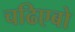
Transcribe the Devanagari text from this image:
चढिएबो